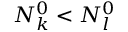
N _ { k } ^ { 0 } < N _ { l } ^ { 0 }